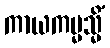
ကာယကမ္မသ္မိံ